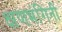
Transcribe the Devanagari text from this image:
क्षणभंगिनी